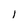
Character: 1